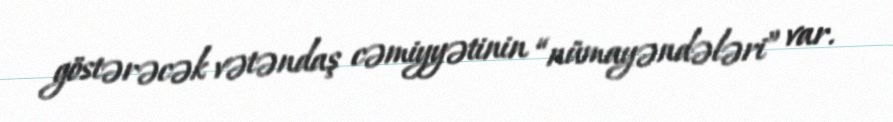
göstərəcək vətəndaş cəmiyyətinin “nümayəndələri” var.